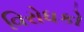
વિરોધકો